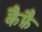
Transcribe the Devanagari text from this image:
कैफ़ै